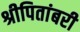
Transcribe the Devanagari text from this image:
श्रीपितांबरी